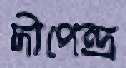
দীপেন্দ্র